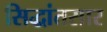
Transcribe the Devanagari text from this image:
सिद्धांतसार